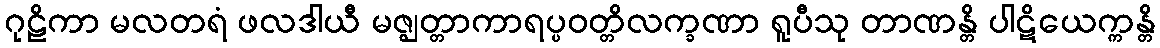
ဂုဠိကာ မလတရံ ဖလဒါယီ မဇ္ဈတ္တာကာရပ္ပဝတ္တိလက္ခဏာ ရူပီသု တာဏန္တိ ပါဋိယေက္ကန္တိ